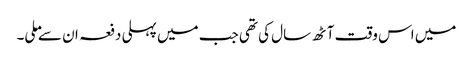
میں اس وقت آٹھ سال کی تھی جب میں پہلی دفعہ ان سے ملی۔